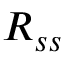
R _ { s s }